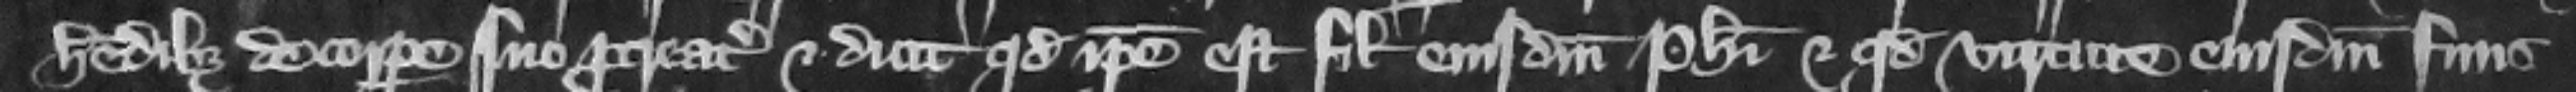
heredibus de corpore suo procreatis. Et dicit quod ipse est filius eiusdem Philippi et quod virtute eiusdem finis